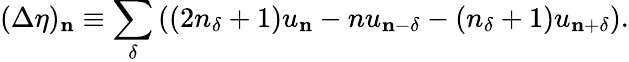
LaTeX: (\Delta\eta)_{\mathbf{n}}\equiv\sum_{\delta}\left((2n_{\delta}+1)u_{\mathbf{n}}-nu_{\mathbf{n}-\delta}-(n_{\delta}+1)u_{\mathbf{n}+\delta}\right).